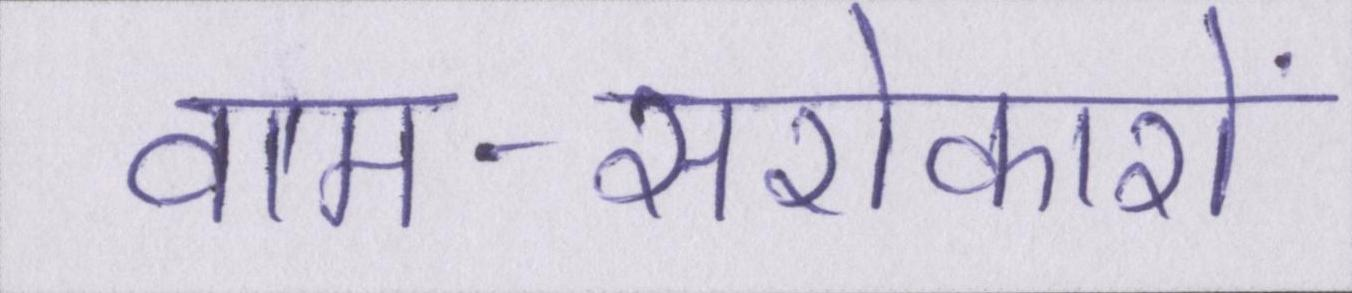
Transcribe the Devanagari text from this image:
वाम-सरोकारों